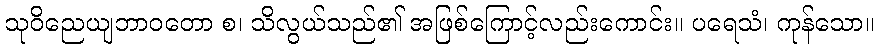
သုဝိညေယျဘာဝတော စ၊ သိလွယ်သည်၏ အဖြစ်ကြောင့်လည်းကောင်း။ ပရေသံ၊ ကုန်သော။